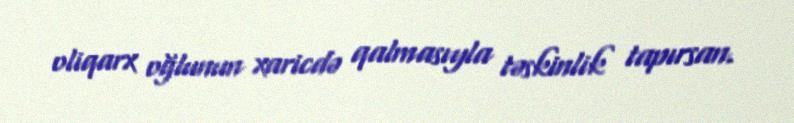
oliqarx oğlunun xaricdə qalmasıyla təskinlik tapırsan.